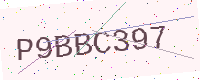
Text: P9BBC397